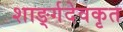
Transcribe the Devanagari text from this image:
शार्ङ्गदेवकृत